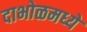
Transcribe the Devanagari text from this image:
दाभोळमध्ये